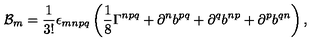
{ \cal B } _ { m } = { \frac { 1 } { 3 ! } } \epsilon _ { m n p q } \left( { \frac { 1 } { 8 } } \Gamma ^ { n p q } + \partial ^ { n } b ^ { p q } + \partial ^ { q } b ^ { n p } + \partial ^ { p } b ^ { q n } \right) ,